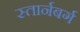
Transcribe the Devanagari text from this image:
स्तार्नबर्ग